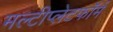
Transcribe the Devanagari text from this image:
मल्टीप्लेटफॉर्म